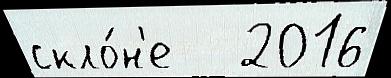
скло́н'е   2016